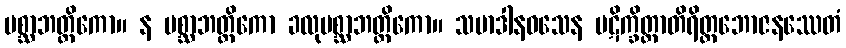
ပစ္ဆာဘတ္တိကော။ န ပစ္ဆာဘတ္တိကော ခလုပစ္ဆာဘတ္တိကော။ သမာဒါနဝသေန ပဋိက္ခိတ္တာတိရိတ္တဘောဇနဿေတံ